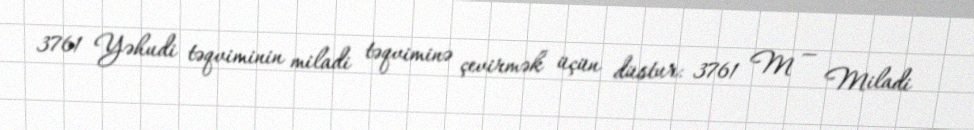
3761 Yəhudi təqviminin miladi təqviminə çevirmək üçün düstur: 3761 M — Miladi